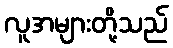
လူအများတို့သည်